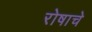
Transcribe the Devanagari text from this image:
रोषाचे